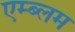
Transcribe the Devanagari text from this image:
एम्ब्लम